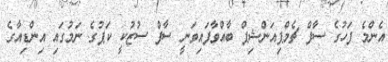
އެންމެ ފަހުގެ ސާފް ޗެމްޕިއަންޝިޕް ބާއްވާފައިވަނީ ސާފް ސުޒުކީ ކަޕުގެ ނަމުގައި އިންޑިއާގެ